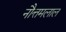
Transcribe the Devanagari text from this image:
नौत्तमलाल